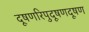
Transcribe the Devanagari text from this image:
दूषणरिपुदूषणदूषण